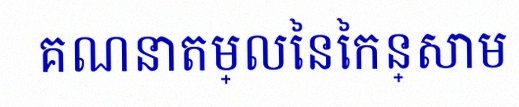
គណនាតម្លៃនៃកន្សោម